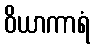
ဝိယာကာရံ